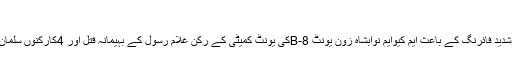
12، مئی 2013ء
متحدہ قومی موومنٹ کی رابطہ کمیٹی نے نوابشاہ میں سیاسی جماعت کے دہشت گردوں کی شدید فائرنگ کے باعث ایم کیوایم نوابشاہ زون یونٹ 8-Bکی یونٹ کمیٹی کے رکن غلام رسول کے بہیمانہ قتل اور 4کارکنوں سلمان ، اللہ رکھا ، یاسین اور اختر کو زخمی کئے جانے کی سخت ترین الفاظ میں مذمت کی ہے ۔